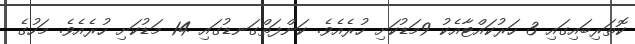
ކޮތަރިބައިގައި 3 ހަރުކައްޓާއެކު 9މަޑުކަށި ހުރެއެވެ. ކަންފަތްގަނޑުގައި 14 މަޑުކަށި ހުރެއެވެ. މަހުގެ